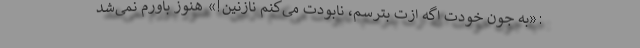
:«به جون خودت اگه ازت بترسم، نابودت می‌کنم نازنین!» هنوز باورم نمی‌شد